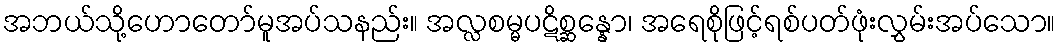
အဘယ်သို့ဟောတော်မူအပ်သနည်း။ အလ္လစမ္မပဋိစ္ဆန္နော၊ အရေစိုဖြင့်ရစ်ပတ်ဖုံးလွှမ်းအပ်သော။